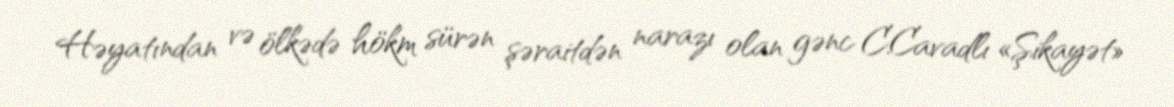
Həyatından və ölkədə hökm sürən şəraitdən narazı olan gənc C.Cavadlı «Şikayət»